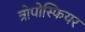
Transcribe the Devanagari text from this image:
त्रोपोस्फियर